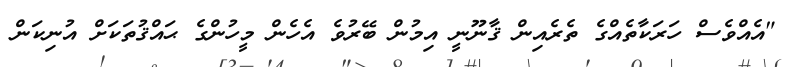
"އެއްވެސް ހަރަކާތެއްގެ ތެރެއިން ޤާނޫނީ އިމުން ބޭރުވެ އެހެން މީހުންގެ ޙައްޤުތަކަށް އުނިކަން